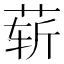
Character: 𰱑